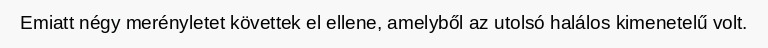
Emiatt négy merényletet követtek el ellene, amelyből az utolsó halálos kimenetelű volt.